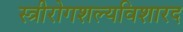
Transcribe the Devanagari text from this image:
स्त्रीरोगशल्यविशारद